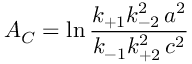
\displaystyle { \cal A _ { C } } = \ln \frac { k _ { + 1 } k _ { - 2 } ^ { 2 } \, a ^ { 2 } } { k _ { - 1 } k _ { + 2 } ^ { 2 } \, c ^ { 2 } }